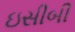
ઇસીબી